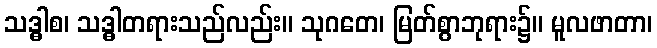
သဒ္ဓါစ၊ သဒ္ဓါတရားသည်လည်း။ သုဂတေ၊ မြတ်စွာဘုရား၌။ မူလဖာတာ၊